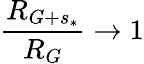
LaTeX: \frac{R_{G+s_{*}}}{R_{G}}\rightarrow 1